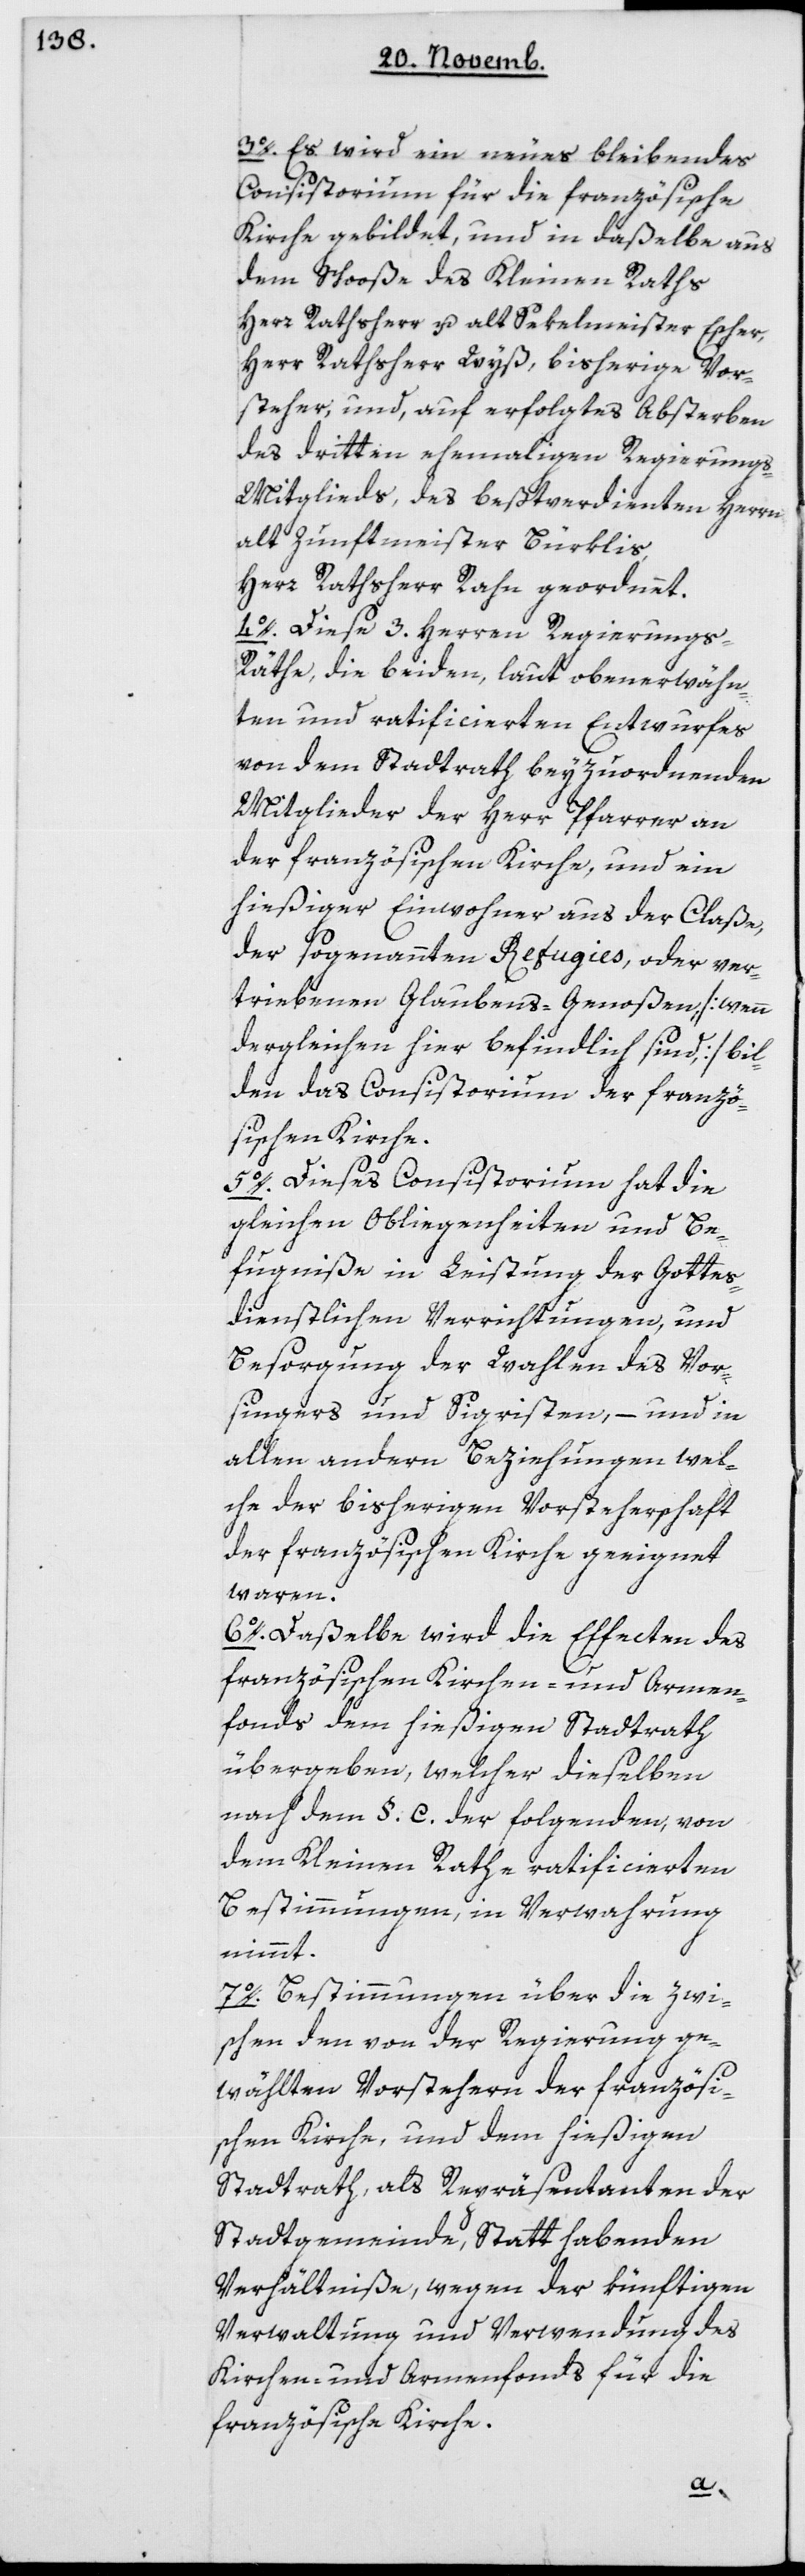
3. Es wird ein neues bleibendes
Consistorium für die französische
Kirche gebildet, und in daßelbe aus
dem Schoße des Kleinen Raths
Herr Rathsherr und alt Sekelmeister Escher,
Herr Rathsherr Wyß, bisherige Vor¬
steher, und auf erfolgtes Absterben
des dritten ehemaligen Regierung¬
s-Mitglieds, des bestverdienten Herrn
alt Zunftmeister Bürklis,
Herr Rathsherr Rahn geordnet.
4. Diese 3 Herren Regierung¬
s-Räthe, die beiden, laut oben erwähn¬
ten und ratificierten Entwurfes
von dem Stadtrath beyzuordnenden
Mitglieder der Herr Pfarrer an
der französischen Kirche, und ein
hießiger Einwohner aus der Claße,
der sogenannten Refugies, oder ver¬
triebenen Glaubens-Genoßen [wenn
dergleichen hier befindlich sind] bil¬
den das Consistorium der franzö¬
sischen Kirche.
5. Dieses Consistorium hat die
gleichen Obliegenheiten und Be¬
fugniße in Leistung der Gottes¬
dienstlichen Verrichtungen, und
Besorgung der Wahlen des Vor¬
singers und Sigristen, – und in
allen anderen Beziehungen, wel¬
che der bisherigen Vorsteherschaft
der französischen Kirche geeignet
waren.
6. Daßelbe wird die Effecten des
französischen Kirchen- und Armen¬
fonds dem hießigen Stadtrath
übergeben, welcher dieselben
nach dem § C der folgenden, von
dem Kleinen Rathe ratificierten
Bestimmungen, in Verwahrung
nimmt.
7. Bestimmungen über die zwi¬
schen den von der Regierung ge¬
wählten Vorstehern der französi¬
schen Kirche und dem hießigen
Stadtrat, als Repräsentanten der
Stadtgemeinde, Statt habenden
Verhältniße, wegen der künftigen
Verwaltung und Verwendung des
Kirchen- und Armenfonds für die
französische Kirche.